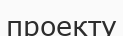
проекту